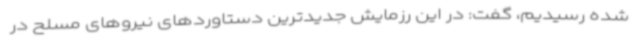
شده رسیدیم، گفت: در این رزمایش جدیدترین دستاوردهای نیروهای مسلح در